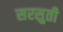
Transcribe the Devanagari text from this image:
सरसुती